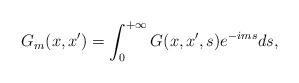
\begin{align*}G_m(x,x^{\prime })=\int_0^{+\infty }G(x,x^{\prime },s)e^{-ims}ds,\end{align*}